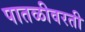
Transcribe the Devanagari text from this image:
पातळीवरती